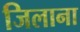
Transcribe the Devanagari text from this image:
जिलाना